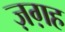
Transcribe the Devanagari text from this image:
ज़ग़ह